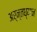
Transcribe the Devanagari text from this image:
अर्न्‍तध्‍यान